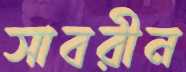
সাবরীন